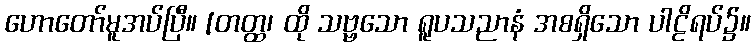
ဟောတော်မူအပ်ပြီ။ [တတ္ထ၊ ထို သဗ္ဗသော ရူပသညာနံ အစရှိသော ပါဠိရပ်၌။